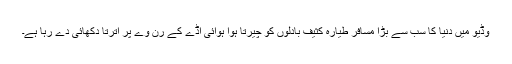
وڈیو میں دنیا کا سب سے بڑا مسافر طیارہ کثیف بادلوں کو چیرتا ہوا ہوائی اڈے کے رن وے پر اترتا دکھائی دے رہا ہے۔